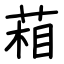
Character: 葙